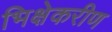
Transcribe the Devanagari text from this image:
भिक्षेकरीण